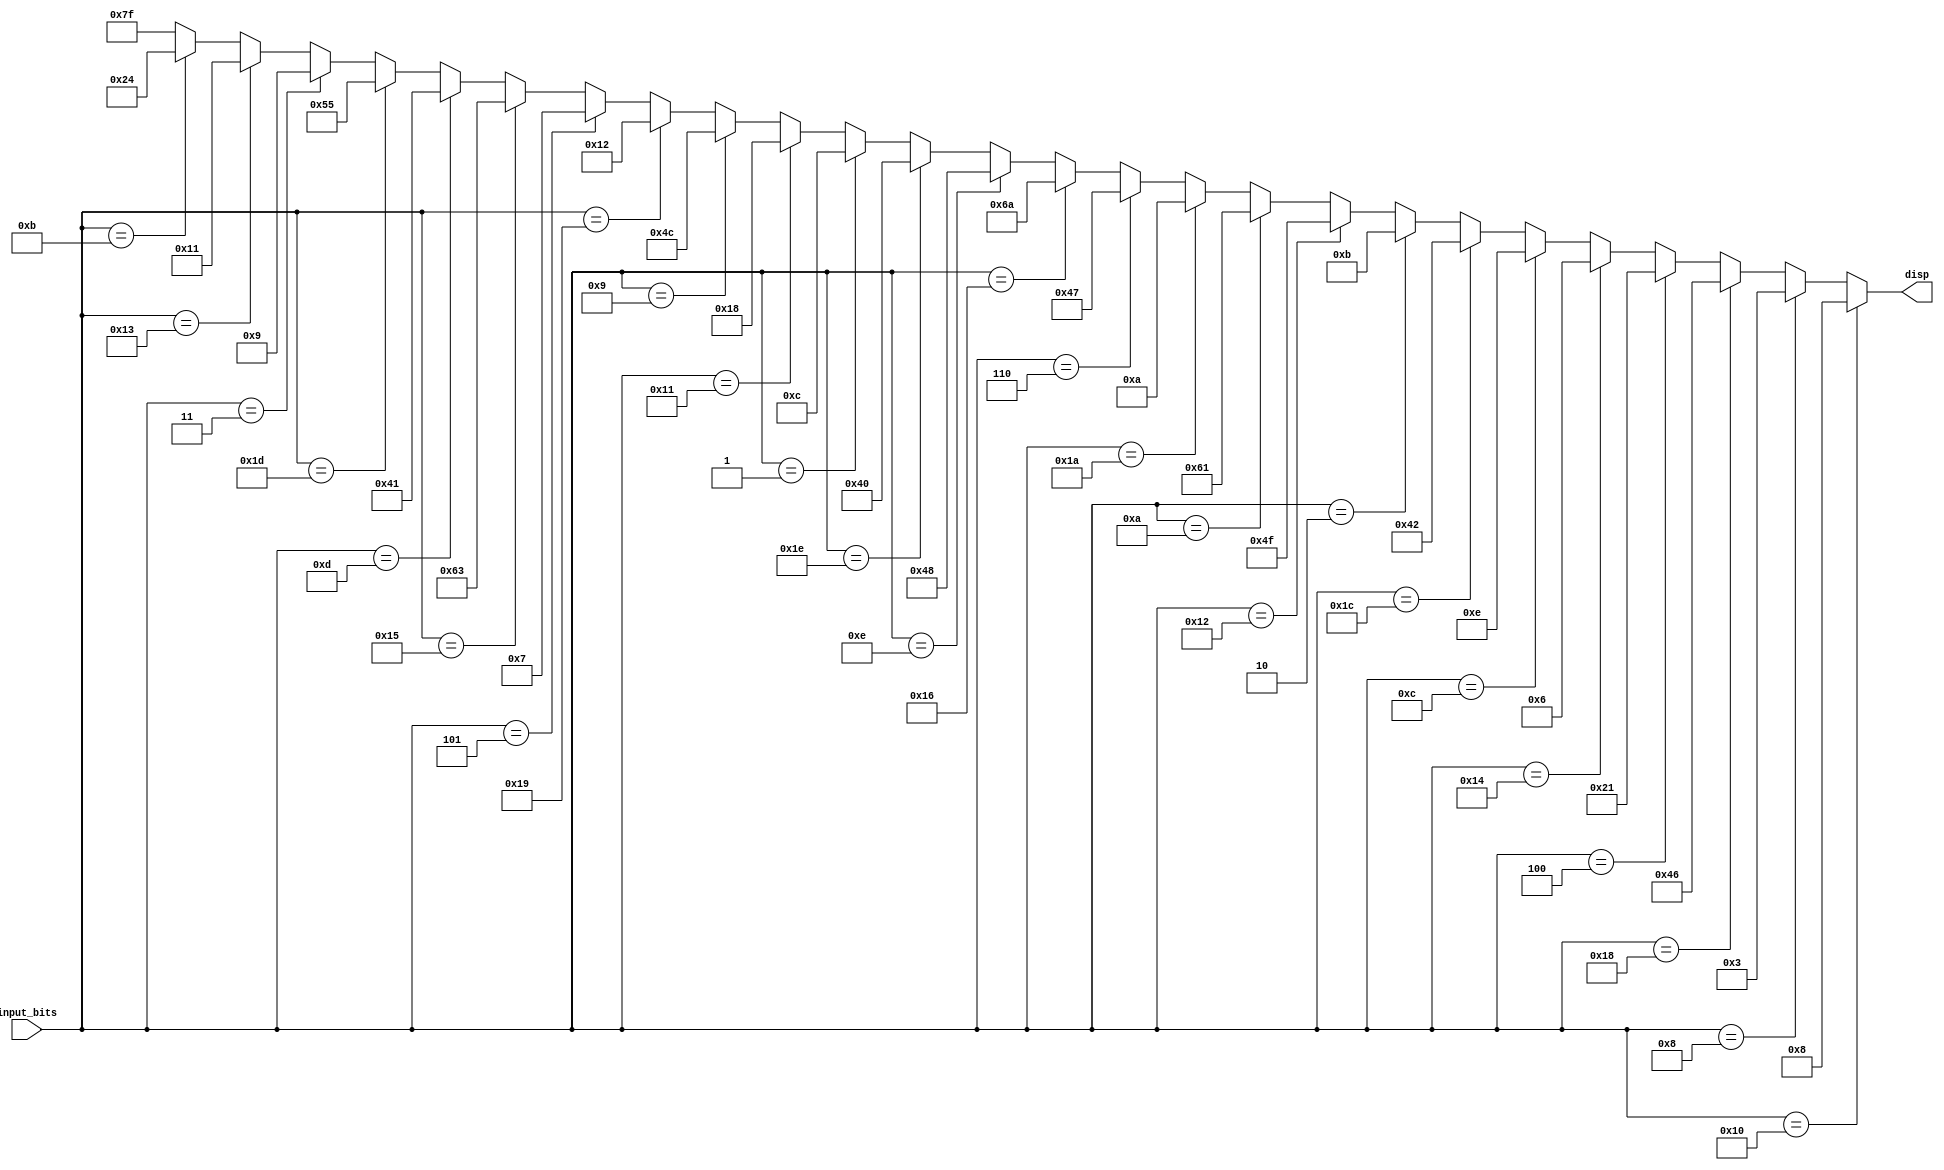
module seven_seg(
    input [4:0] input_bits,
    output [6:0] disp
);

    reg [6:0] ans = 7'b1111111;
 
    always @*
    begin
        if (input_bits == 5'b10000) begin //a
            ans = 7'b0001000;
        end else if(input_bits == 5'b01000) begin //b
                ans = 7'b0000011;
          end else if(input_bits == 5'b11000) begin //c
                ans = 7'b1000110;
          end else if(input_bits == 5'b00100) begin //d
                ans = 7'b0100001;
          end else if(input_bits == 5'b10100) begin //e
                ans = 7'b0000110;
          end else if(input_bits == 5'b01100) begin //f
                ans = 7'b0001110;
          end else if(input_bits == 5'b11100) begin //g
                ans = 7'b1000010;
          end else if(input_bits == 5'b00010) begin //h
                ans = 7'b0001011;
          end else if(input_bits == 5'b10010) begin //i
                ans = 7'b1001111;
          end else if(input_bits == 5'b01010) begin //j
                ans = 7'b1100001;
          end else if(input_bits == 5'b11010) begin //k
                ans = 7'b0001010;
          end else if(input_bits == 5'b00110) begin //l
                ans = 7'b1000111;
          end else if(input_bits == 5'b10110) begin //m
                ans = 7'b1101010;
          end else if(input_bits == 5'b01110) begin //n
                ans = 7'b1001000;
          end else if(input_bits == 5'b11110) begin //o
                ans = 7'b1000000;
          end else if(input_bits == 5'b00001) begin //p
                ans = 7'b0001100;
          end else if(input_bits == 5'b10001) begin //q
                ans = 7'b0011000;
          end else if(input_bits == 5'b01001) begin //r
                ans = 7'b1001100;
          end else if(input_bits == 5'b11001) begin //s
                ans = 7'b0010010;
          end else if(input_bits == 5'b00101) begin //t
                ans = 7'b0000111;
          end else if(input_bits == 5'b10101) begin //u
                ans = 7'b1100011;
          end else if(input_bits == 5'b01101) begin //v
                ans = 7'b1000001;
          end else if(input_bits == 5'b11101) begin //w
                ans = 7'b1010101;
          end else if(input_bits == 5'b00011) begin //x
                ans = 7'b0001001;
          end else if(input_bits == 5'b10011) begin //y
                ans = 7'b0010001;
          end else if(input_bits == 5'b01011) begin //z
                ans = 7'b0100100;
          end else begin
					ans = 7'b1111111;
			 end
    end

    assign disp = ans;
	
endmodule